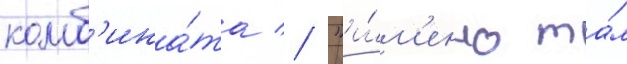
комб'ина́та // "и́м'енно та́м